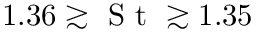
1 . 3 6 \gtrsim \textrm { S t } \gtrsim 1 . 3 5